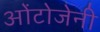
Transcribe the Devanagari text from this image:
ओंटोजेनी